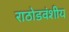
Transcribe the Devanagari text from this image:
राठोडवंशीय